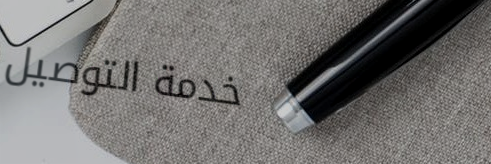
خدمة التوصيل